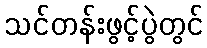
သင်တန်းဖွင့်ပွဲတွင်